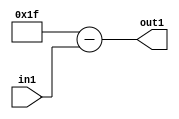
`timescale 1ps / 1ps
/*****************************************************************************
    Verilog RTL Description
    
    
    Created by: Stratus DpOpt 2019.1.01 
*******************************************************************************/

module fix2float_Subu5i31_4_2 (
	in1,
	out1
	); /* architecture "behavioural" */ 
input [4:0] in1;
output [5:0] out1;
wire [5:0] asc001;

assign asc001 = 
	+(6'B011111)
	-(in1);

assign out1 = asc001;
endmodule

/* CADENCE  urbwQwE= : u9/ySgnWtBlWxVPRXgAZ4Og= ** DO NOT EDIT THIS LINE ******/